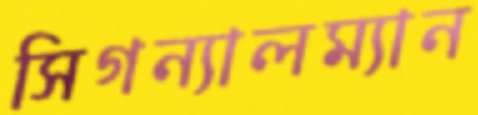
সিগন্যালম্যান